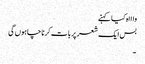
واااہ کیا کہنے
بس ایک شعر پر بات کرنا چاہوں گی
۔